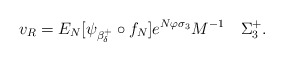
\begin{align*}v_R=E_N [\psi_{\beta_{\delta}^+}\circ f_N] e^{N\varphi \sigma_3}M^{-1}\quad\Sigma_3^+.\end{align*}